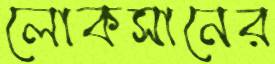
লোকসানের